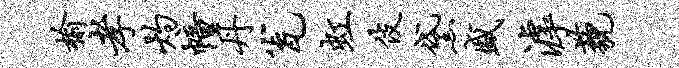
榆孝灼幢丹瓮虹伎黛盛滹藐